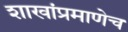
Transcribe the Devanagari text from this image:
शाखांप्रमाणेच